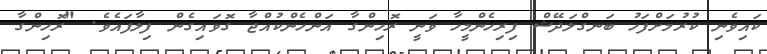
ކައިވެނި ކުރުމަށްފަހު ބަނގްލަދޭޝް ފިރިހެންމީހާ ވަނީ ރޮހިންގާ އަންހެންކުއްޖާ ގޮވައިގެން ފިލާފައެވެ. "ރޮހިންގާ